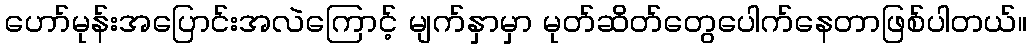
ဟော်မုန်းအပြောင်းအလဲကြောင့် မျက်နှာမှာ မုတ်ဆိတ်တွေပေါက်နေတာဖြစ်ပါတယ်။